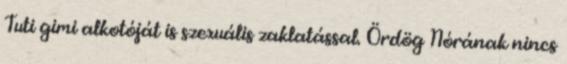
Tuti gimi alkotóját is szexuális zaklatással. Ördög Nórának nincs